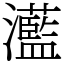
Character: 灆